Burma Government Medical School reports 1923-41
Year: 1923
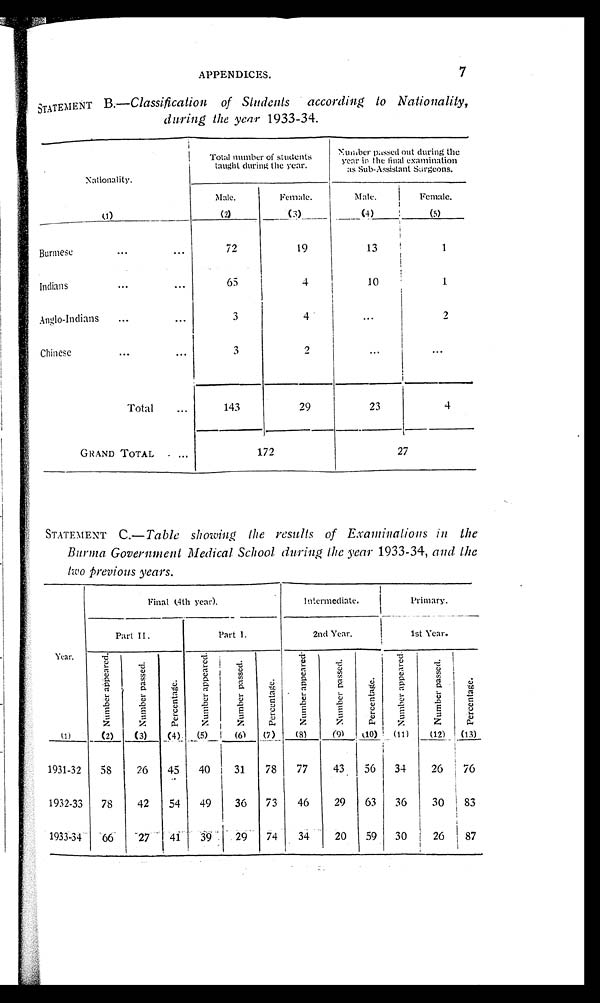
7
APPENDICES.
STATEMENT B. —Classification of Students according to Nationality,
during the year 1933-34.
Nationality.
(1)
Total number of students
taught during the year.
Number passed out du ring the
year in the final examination
as Sub-Assistant Surgeons.
Male.
(2)
Female.
(3)
Male.
(4)
Female.
(5)
Burmese
...
. . .
72
19
13
1
Indians
. . .
...
65
4
10
1
Anglo-Indians
...
...
3
4
...
2
Chinese
...
...
3
2
. . .
. . .
Total
...
143
29
23
4
GRAND TOTAL
...
172
27
STATEMENT C. —Table showing the results of Examinations in the
Burma Government Medical School during the year 1933-34, and the
two previous years.
Year.
(1)
Final (4th year).
Intermediate.
Primary.
Part I I .
Part I.
2nd Year.
1st Year.
N u m b e r a p p e a r e d .
(2)
N u m b e r p a s s e d .
(3)
p e r c e n t a g e .
(4)
N u m b e r a p p e a r e d .
( 5 )
N u m b e r p a s s e d .
( 6 )
p e r c e n t a g e . ( 7 )
N u m b e r a p p e a r e d .
( 8 )
N u m b e r p a s s e d . ( 9 )
P e r c e n t a g e .
( 1 0 )
N u m b e r a p p e a r e d .
( 1 1 )
N u m b e r p a s s e d .
(12)
P e r c e n t a g e .
( 1 3 )
1931-32
58
26
45
40
31
78
77
43
56
34
26
76
1932-33
78
42
54
49
36
7 3
4 6
29
63
36
30
83
1933-34
66
27
41
3 9 29
74
34
20
59
30
26
87